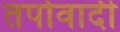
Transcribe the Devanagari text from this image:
तपोवादी